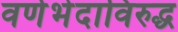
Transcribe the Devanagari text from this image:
वर्णभेदाविरुद्ध